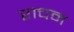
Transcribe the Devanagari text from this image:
राचन